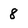
Character: 8